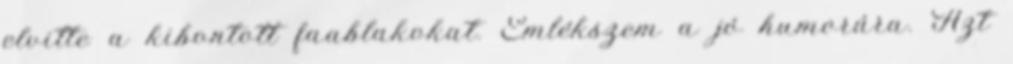
elvitte a kibontott faablakokat. Emlékszem a jó humorára. Azt